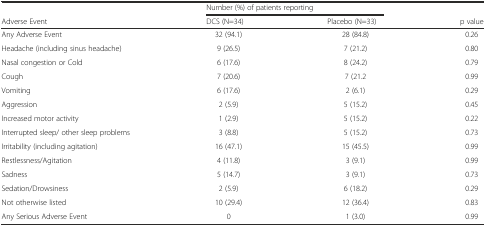
|  | <COLSPAN=2> Number (%) of patients reporting |  |
 | Adverse Event | DCS (N=34) | Placebo (N=33) | p value |
 | --- | --- | --- | --- |
 | Any Adverse Event | 32 (94.1) | 28 (84.8) | 0.26 |
 | Headache (including sinus headache) | 9 (26.5) | 7 (21.2) | 0.80 |
 | Nasal congestion or Cold | 6 (17.6) | 8 (24.2) | 0.79 |
 | Cough | 7 (20.6) | 7 (21.2 | 0.99 |
 | Vomiting | 6 (17.6) | 2 (6.1) | 0.29 |
 | Aggression | 2 (5.9) | 5 (15.2) | 0.45 |
 | Increased motor activity | 1 (2.9) | 5 (15.2) | 0.22 |
 | Interrupted sleep/ other sleep problems | 3 (8.8) | 5 (15.2) | 0.73 |
 | Irritability (including agitation) | 16 (47.1) | 15 (45.5) | 0.99 |
 | Restlessness/Agitation | 4 (11.8) | 3 (9.1) | 0.99 |
 | Sadness | 5 (14.7) | 3 (9.1) | 0.73 |
 | Sedation/Drowsiness | 2 (5.9) | 6 (18.2) | 0.29 |
 | Not otherwise listed | 10 (29.4) | 12 (36.4) | 0.83 |
 | Any Serious Adverse Event | 0 | 1 (3.0) | 0.99 |